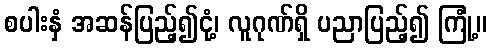
စပါးနှံ အဆန်ပြည့်၍ငုံ့၊ လူဂုဏ်ရှိ ပညာပြည့်၍ ကြုံ့။